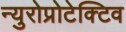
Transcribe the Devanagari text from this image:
न्युरोप्रोटेक्टिव